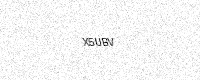
Text: X5UBV